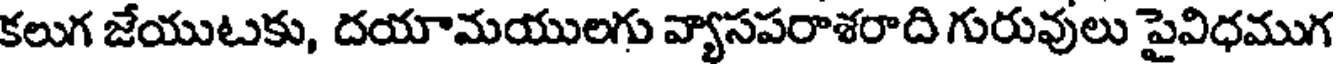
కలుగ జేయుటకు, దయామయులగు వ్యాసపరాశరాది గురువులు పైవిధముగ